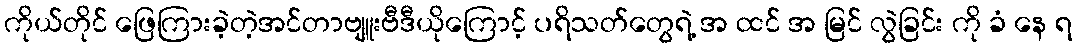
ကိုယ်တိုင် ဖြေကြားခဲ့တဲ့အင်တာဗျူးဗီဒီယိုကြောင့် ပရိသတ်တွေရဲ့ အ ထင် အ မြင် လွဲခြင်း ကို ခံ နေ ရ